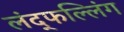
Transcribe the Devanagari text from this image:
लंद्फल्लिंग